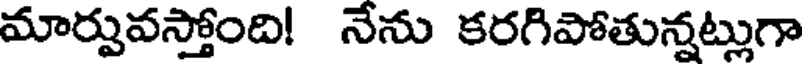
మార్పువస్తోంది! నేను కరగిపోతున్నట్లుగా